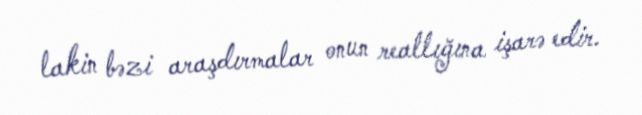
lakin bəzi araşdırmalar onun reallığına işarə edir.